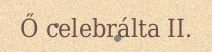
Ő celebrálta II.